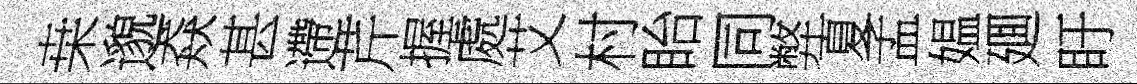
桒邈猋甚遰芹握處艾村眙同弊夏孟媪廽盱